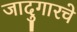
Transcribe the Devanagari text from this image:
जादुगारचे